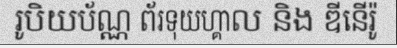
រូបិយប័ណ្ណ ព័រទុយហ្គាល និង ឌីនើរ៉ូ